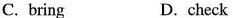
C. bring D. check